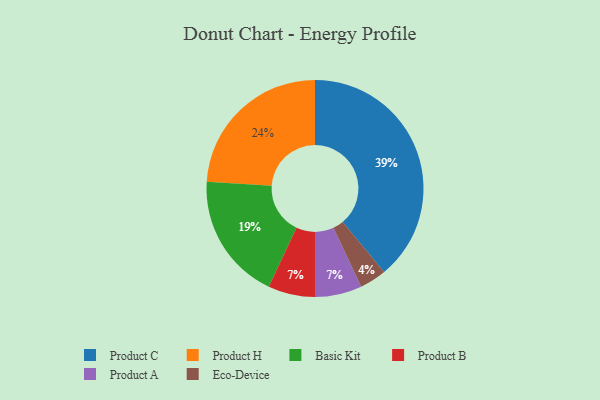
{"axis": {"x": "Category", "y": "Percentage"}, "legend": ["Basic Kit", "Eco-Device", "Product A", "Product B", "Product C", "Product H"], "data": [{"x": "Product B", "y": 7, "type": "Product B"}, {"x": "Basic Kit", "y": 19, "type": "Basic Kit"}, {"x": "Product A", "y": 7, "type": "Product A"}, {"x": "Product H", "y": 24, "type": "Product H"}, {"x": "Product C", "y": 39, "type": "Product C"}, {"x": "Eco-Device", "y": 4, "type": "Eco-Device"}]}